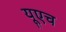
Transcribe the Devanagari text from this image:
यूएच